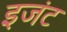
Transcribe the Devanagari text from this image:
इजंट